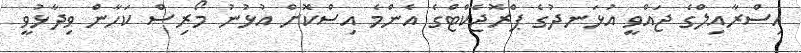
އިސްރާއިލްގެ ޖައްވީ އުޅަނދުގެ ޕްރޮޖެކްޓްގެ އެންމެ އިސްކޮށް އުޅުނު މޯރިސް ކަހާން ވިދާޅުވީ